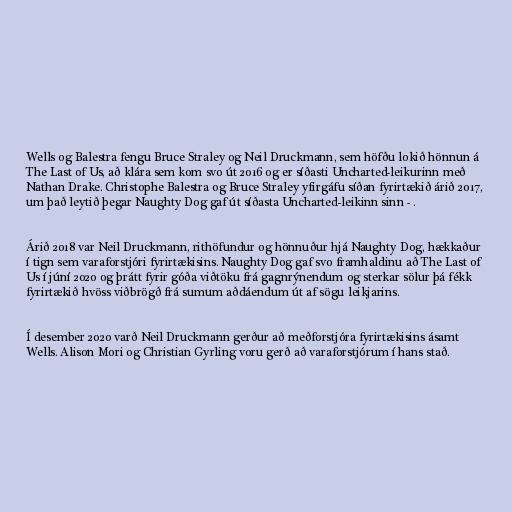
Wells og Balestra fengu Bruce Straley og Neil Druckmann, sem höfðu lokið hönnun á
The Last of Us, að klára sem kom svo út 2016 og er síðasti Uncharted-leikurinn með
Nathan Drake. Christophe Balestra og Bruce Straley yfirgáfu síðan fyrirtækið árið 2017,
um það leytið þegar Naughty Dog gaf út síðasta Uncharted-leikinn sinn - .

Árið 2018 var Neil Druckmann, rithöfundur og hönnuður hjá Naughty Dog, hækkaður
í tign sem varaforstjóri fyrirtækisins. Naughty Dog gaf svo framhaldinu að The Last of
Us í júní 2020 og þrátt fyrir góða viðtöku frá gagnrýnendum og sterkar sölur þá fékk
fyrirtækið hvöss viðbrögð frá sumum aðdáendum út af sögu leikjarins.

Í desember 2020 varð Neil Druckmann gerður að meðforstjóra fyrirtækisins ásamt
Wells. Alison Mori og Christian Gyrling voru gerð að varaforstjórum í hans stað.